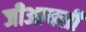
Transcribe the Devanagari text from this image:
जीआयसी